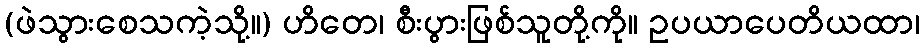
(ဖဲသွားစေသကဲ့သို့။) ဟိတေ၊ စီးပွားဖြစ်သူတို့ကို။ ဥပယာပေတိယထာ၊